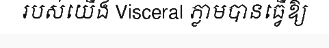
របស់យើង Visceral ភ្លាមបានធ្វើឱ្យ